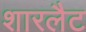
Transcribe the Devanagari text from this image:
शारलैट